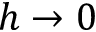
h \rightarrow 0